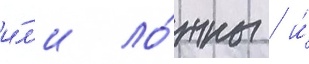
и́л'и ло́жны / и́